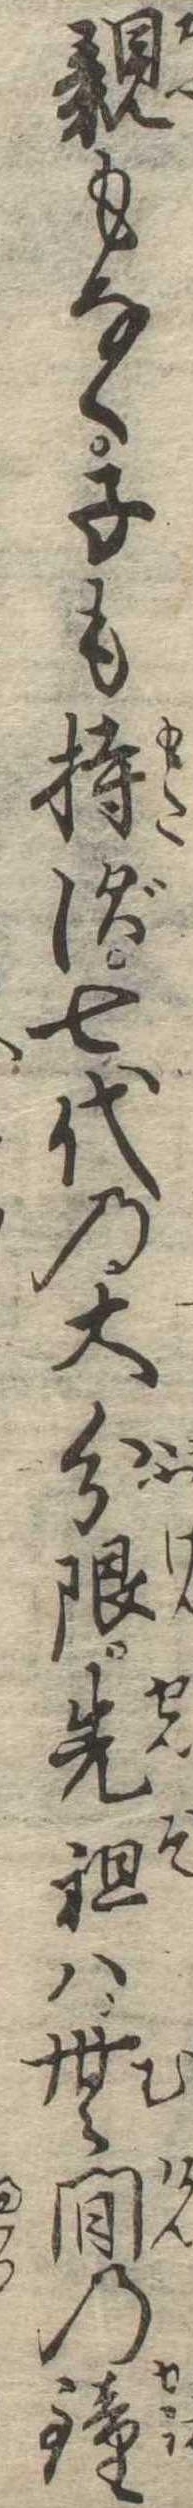
親もなく子も持ず七代の大分限先祖は無間の鐘